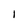
Character: I